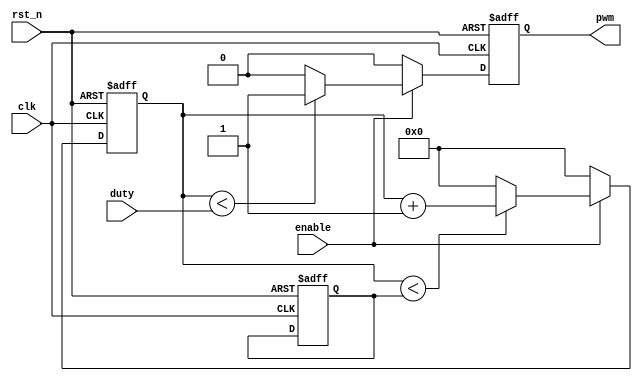
module pwm_counter(clk,rst_n,enable,duty,pwm); 
input clk,rst_n,enable; 
output pwm; 
input [31:0]duty;
reg pwm; 
reg [31:0]period; 
reg [31:0]counter;
always@(posedge clk or negedge rst_n)
begin
if(!rst_n)
	begin
	pwm<=1'b0; 
	counter<=32'h0; 
	//duty<=16'h7fff;
	period<=32'd2500;
	end
else
	begin
		if(enable==1'b1)
		begin	    
			if(counter<period)
				counter<=counter+32'b1; 
			else
				counter<=32'h0; 
			if(counter<duty) 
				pwm<=1'b1;
			else 
				pwm<=1'b0; 
		end
		else
			begin
			counter<=32'h0;
			pwm<=1'b0;  
			end
		
	end	
end
endmodule